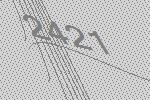
2421